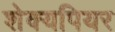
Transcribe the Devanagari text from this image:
शेक्यपियर